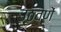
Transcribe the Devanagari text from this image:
उठवणें